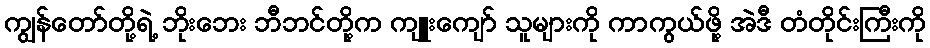
ကျွန်တော်တို့ရဲ့ ဘိုးဘေး ဘီဘင်တို့က ကျူးကျော် သူများကို ကာကွယ်ဖို့ အဲဒီ တံတိုင်းကြီးကို